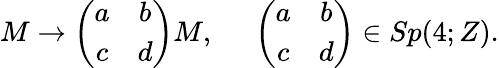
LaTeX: M\rightarrow\left(\begin{array}{cc}{{a}}&{{b}}\\ {{c}}&{{d}}\end{array}\right)M,\; \; \; \; \; \left(\begin{array}{cc}{{a}}&{{b}}\\ {{c}}&{{d}}\end{array}\right)\in Sp(4;Z).